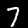
Label: 7